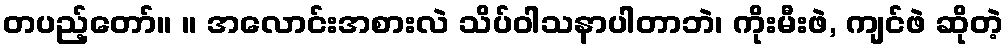
တပည့်တော်။ ။ အလောင်းအစားလဲ သိပ်ဝါသနာပါတာဘဲ၊ ကိုးမီးဖဲ, ကျင်ဖဲ ဆိုတဲ့